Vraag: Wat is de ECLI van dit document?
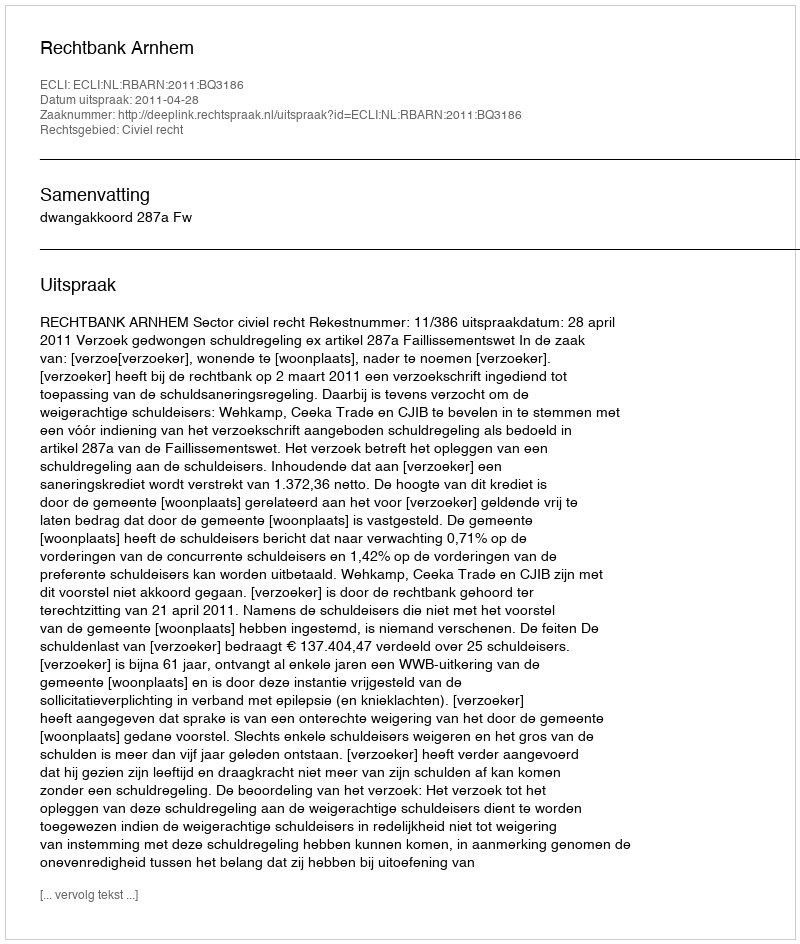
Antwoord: ECLI:NL:RBARN:2011:BQ3186